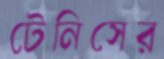
টেনিসের